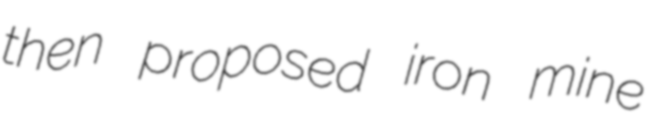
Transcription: then proposed iron mine